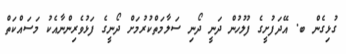
ގުޅިގެން ބ. އޭދަފުށީގެ ފުލުހުން ދަނީ ދޯނި ސަލާމަތްކުރުމަށް ދޯނީގެ ފަޅުވެރިންނާއެކު މަސައްކަތް